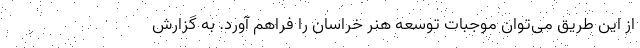
از این طریق می‌توان موجبات توسعه هنر خراسان را فراهم آورد. به گزارش